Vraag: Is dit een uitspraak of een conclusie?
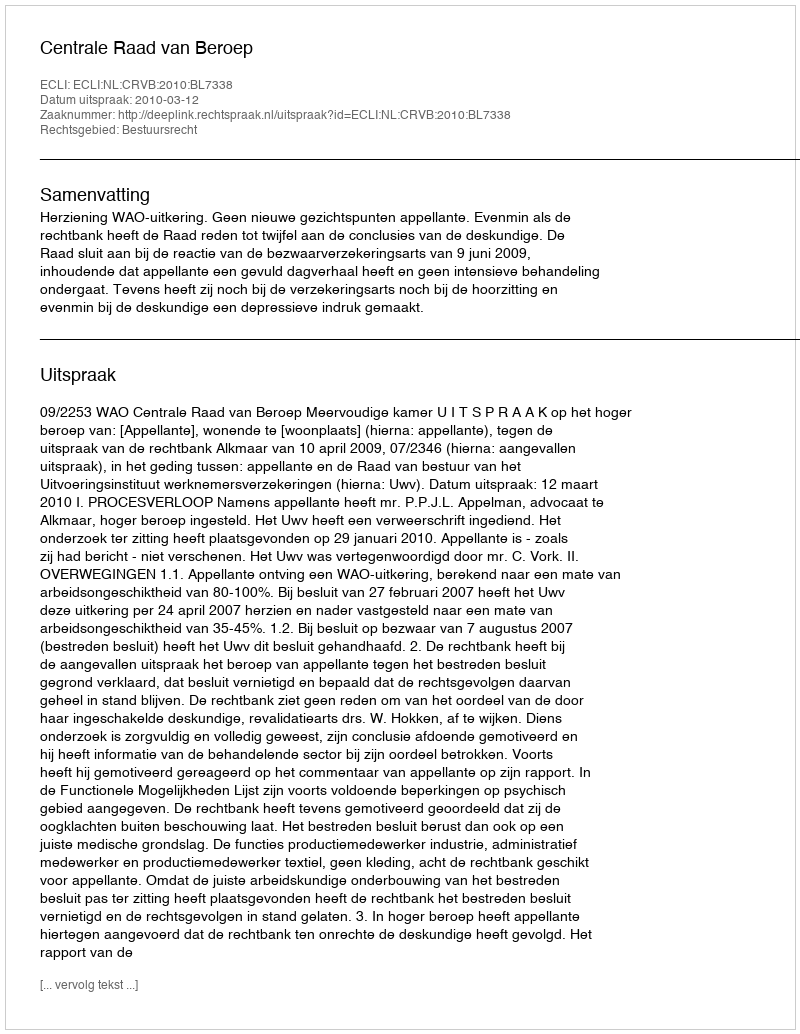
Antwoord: Uitspraak